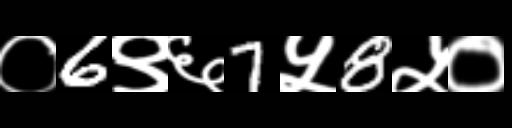
Text: ०6९६7५8५०